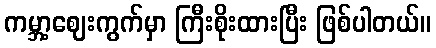
ကမ္ဘာ့ဈေးကွက်မှာ ကြီးစိုးထားပြီး ဖြစ်ပါတယ်။